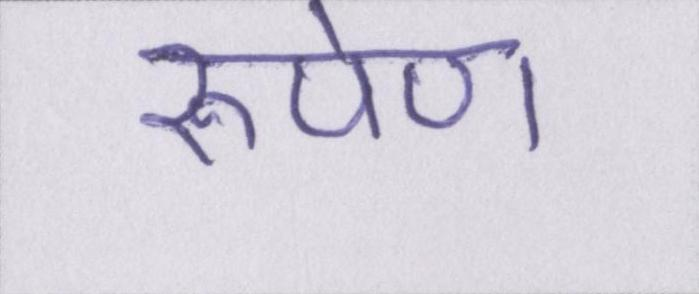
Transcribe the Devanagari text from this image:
रूपेण